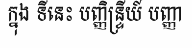
ក្នុង ទីនេះ បញ្ញិន្ទ្រីយ៍ បញ្ញា